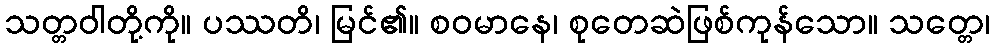
သတ္တဝါတို့ကို။ ပဿတိ၊ မြင်၏။ စဝမာနေ၊ စုတေဆဲဖြစ်ကုန်သော။ သတ္တေ၊